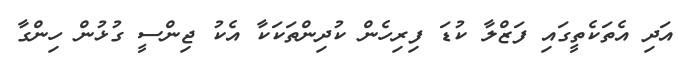
އަދި އެތަކެތީގައި ފަޒްލާ ކުޑަ ފިރިހެން ކުދިންތަކަކާ އެކު ޖިންސީ ގުޅުން ހިންގާ